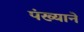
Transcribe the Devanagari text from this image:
पंख्याने